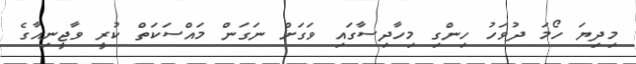
މިދިޔަ ހޯމަ ދުވަހު ހިންގި މިހާދިސާގައި ވަގަށް ނަގަން މައްސަކަތް ކުރީ ވާޖީނިއާގެ